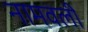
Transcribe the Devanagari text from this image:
नामवली